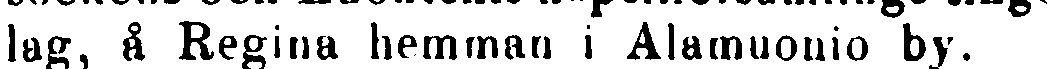
lag, å Regina hemman i Alamuonio by.